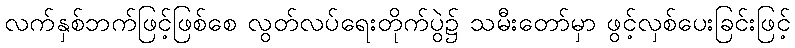
လက်နှစ်ဘက်ဖြင့်ဖြစ်စေ လွတ်လပ်ရေးတိုက်ပွဲ၌ သမီးတော်မှာ ဖွင့်လှစ်ပေးခြင်းဖြင့်